Report of the Indian Hemp Drugs Commission, 1894-1895 - Volume IV
Year: 1894
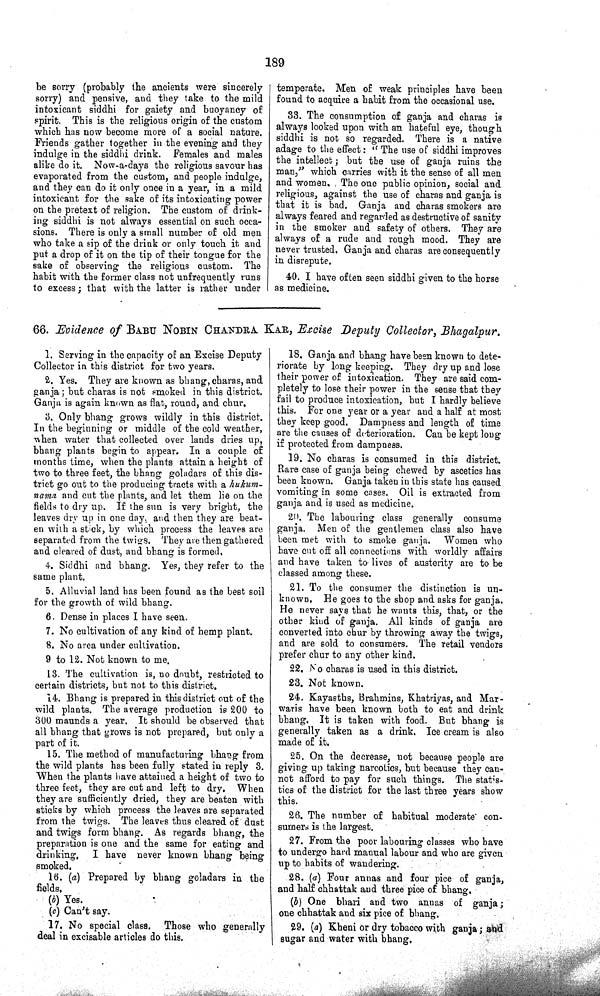
189
be sorry (probably the ancients were sincerely
sorry) and pensive, and they take to the mild
intoxicant siddhi for gaiety and buoyancy of
spirit. This is the religious origin of the custom
which has now become more of a social nature.
Friends gather together in the evening and they
indulge in the siddhi drink. Females and males
alike do it. Now-a-days the religious savour has
evaporated from the custom, and people indulge,
and they can do it only once in a year, in a mild
intoxicant for the sake of its intoxicating power
on the pretext of religion. The custom of drink-
ing siddhi is not always essential on such occa-
sions. There is only a small number of old men
who take a sip of the drink or only touch it and
put a drop of it on the tip of their tongue for the
sake of observing the religious custom. The
habit with the former class not unfrequently runs
to excess; that with the latter is rather under
temperate. Men of weak principles have been
found to acquire a habit from the occasional use.
33. The consumption of ganja and charas is
always looked upon with an hateful eye, though
siddhi is not so regarded. There is a native
adage to the effect: "The use of siddhi improves
the intellect; but the use of ganja ruins the
man," which carries with it the sense of all men
and women. The one public opinion, social and
religious, against the use of charas and ganja is
that it is bad. Ganja and charas smokers are
always feared and regarded as destructive of sanity
in the smoker and safety of others. They are
always of a rude and rough mood. They are
never trusted. Ganja and charas are consequently
in disrepute.
40. I have often seen siddhi given to the horse
as medicine.
66. Evidence of BABU NOBIN CHANDRA KAR, Excise Deputy Collector, Bhagalpur.
1. Serving in the capacity of an Excise Deputy
Collector in this district for two years.
2. Yes. They are known as bhang, charas, and
ganja; but charas is not smoked in this district.
Ganja is again known as flat, round, and chur.
3. Only bhang grows wildly in this district.
In the beginning or middle of the cold weather,
when water that collected over lands dries up,
bhang plants begin to appear. In a couple of
months time, when the plants attain a height of
two to three feet, the bhang goladars of this dis-
trict go out to the producing tracts with a hukum-
nama and cut the plants, and let them lie on the
fields to dry up. If the sun is very bright, the
leaves dry up in one day, and then they are beat-
en with a stick, by which process the leaves are
separated from the twigs. They are then gathered
and cleared of dust, and bhang is formed,
4. Siddhi and bhang. Yes, they refer to the
same plant.
5. Alluvial land has been found as the best soil
for the growth of wild bhang.
6. Dense in places I have seen.
7. No cultivation of any kind of hemp plant.
8. No area under cultivation.
9 to 12. Not known to me.
13. The cultivation is, no doubt, restricted to
certain districts, but not to this district.
14. Bhang is prepared in this district out of the
wild plants. The average production is 200 to
300 maunds a year. It should be observed that
all bhang that grows is not prepared, but only a
part of it.
15. The method of manufacturing bhang from
the wild plants has been fully stated in reply 3.
When the plants have attained a height of two to
three feet, they are cut and left to dry. When
they are sufficiently dried, they are beaten with
sticks by which process the leaves are separated
from the twigs. The leaves thus cleared of dust
and twigs form bhang. As regards bhang, the
preparation is one and the same for eating and
drinking. I have never known bhang being
smoked.
16. (a) Prepared by bhang goladars in the
fields.
(b) Yes.
(c) Can't say.
17. No special class. Those who generally
deal in excisable articles do this.
18. Ganja and bhang have been known to dete-
riorate by long keeping. They dry up and lose
their power of intoxication. They are said com-
pletely to lose their power in the sense that they
fail to produce intoxication, but I hardly believe
this. For one year or a year and a half at most
they keep good. Dampness and length of time
are the causes of deterioration. Can be kept long
if protected from dampness.
19. No charas is consumed in this district.
Rare case of ganja being chewed by ascetics has
been known. Ganja taken in this state has caused
vomiting in some cases. Oil is extracted from
ganja and is used as medicine.
20. The labouring class generally consume
ganja. Men of the gentlemen class also have
been met with to smoke ganja. Women who
have cut off all connections with worldly affairs
and have taken to lives of austerity are to be
classed among these.
21. To the consumer the distinction is un-
known. He goes to the shop and asks for ganja.
He never says that he wants this, that, or the
other kind of ganja. All kinds of ganja are
converted into chur by throwing away the twigs,
and are sold to consumers. The retail vendors
prefer chur to any other kind.
22. No charas is used in this district.
23. Not known.
24. Kayasths, Brahmins, Khatriyas, and Mar-
waris have been known both to eat and drink
bhang. It is taken with food. But bhang is
generally taken as a drink. Ice cream is also
made of it.
25. On the decrease, not because people are
giving up taking narcotics, but because they can-
not afford to pay for such things. The statis-
tics of the district for the last three years show
this.
26. The number of habitual moderate con-
sumers is the largest.
27. From the poor labouring classes who have
to undergo hard manual labour and who are given
up to habits of wandering.
28. (a) Four annas and four pice of ganja,
and half chhattak and three pice of bhang.
(b) One bhari and two annas of ganja;
one chhattak and six pice of bhang.
29. (a) Kheni or dry tobacco with ganja; and
sugar and water with bhang.